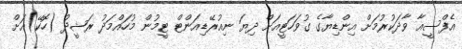
އެފްސީއާ ވާދަކުރުމަށް އިންޑިޔާގެ ގުވަހަޓީއަށް ދިޔަ ނިއުރޭޑިއަންޓް ޓީމުން މުހައްމަދު ރަޝީދު (ހޮކޭ)އަށް